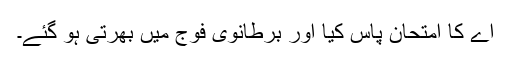
اے کا امتحان پاس کیا اور برطانوی فوج میں بھرتی ہو گئے۔